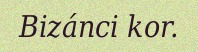
Bizánci kor.